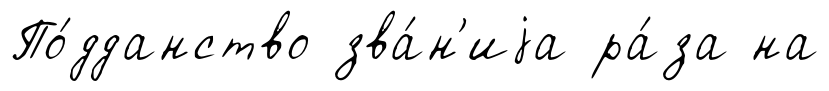
По́дданство зва́н'иjа ра́за на